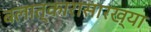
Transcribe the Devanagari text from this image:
बलात्कारासारख्या